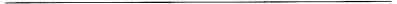
___